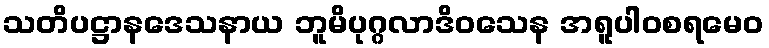
သတိပဋ္ဌာနဒေသနာယ ဘူမိပုဂ္ဂလာဒိဝသေန အရူပါဝစရမေဝ